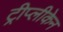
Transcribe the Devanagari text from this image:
ट्रीप्लीकेन